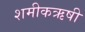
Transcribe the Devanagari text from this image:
शमीकऋषी